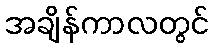
အချိန်ကာလတွင်